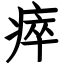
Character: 瘁